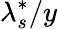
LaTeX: \lambda_{s}^{*}/y